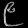
Digit: ၉